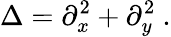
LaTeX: \Delta=\partial_{x}^{2}+\partial_{y}^{2}\ .